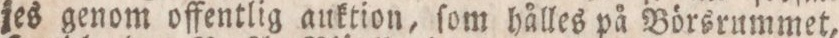
jes genom offentlig auktion, ſom hålles på Börsrummet,